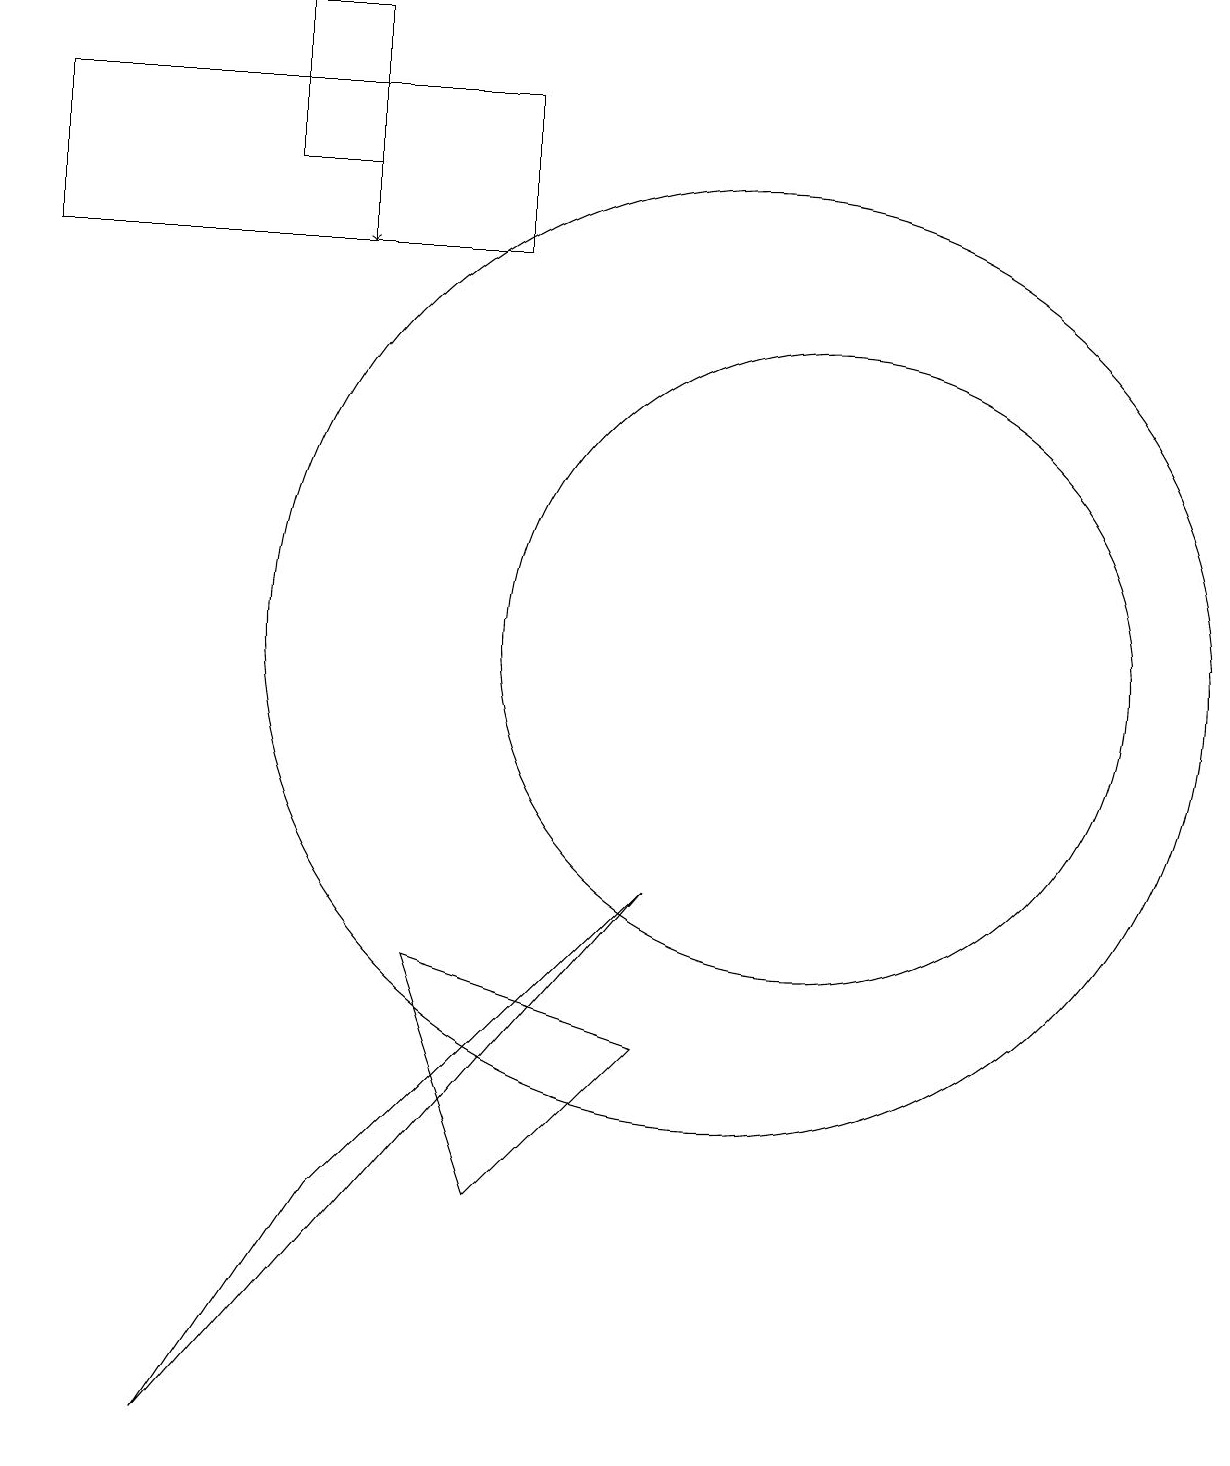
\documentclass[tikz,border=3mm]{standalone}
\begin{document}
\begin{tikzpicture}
\draw (5,3) -- (3,0) -- (9,7) -- cycle;
\draw[->] (5,17) -- (5,15);
\draw (1,15) rectangle (7,17);
\draw (7,3) -- (9,5) -- (6,6) -- cycle;
\draw (11,10) circle (4);
\draw (5,18) rectangle (4,16);
\draw (10,10) circle (6);
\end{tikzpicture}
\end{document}